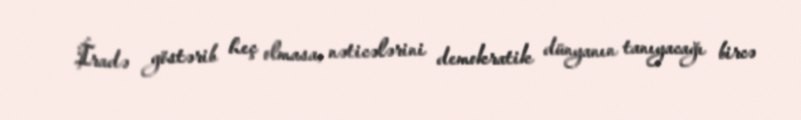
İradə göstərib heç olmasa, nəticələrini demokratik dünyanın tanıyacağı bircə